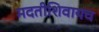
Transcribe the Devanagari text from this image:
मदतीशिवायच